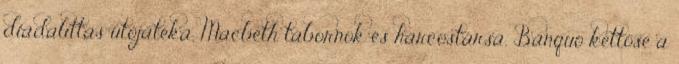
diadalittas utójátéka, Macbeth tábornok és harcostársa, Banquo kettőse a